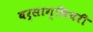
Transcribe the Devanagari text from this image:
बर्साग्लियरी